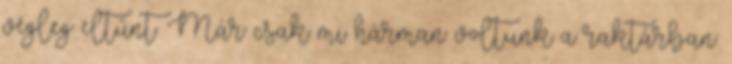
végleg eltűnt. Már csak mi hárman voltunk a raktárban.